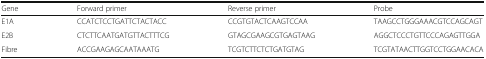
<table><thead><tr><td><b>Gene</b></td><td><b>Forward primer</b></td><td><b>Reverse primer</b></td><td><b>Probe</b></td></tr></thead><tbody><tr><td>E1A</td><td>CCATCTCCTGATTCTACTACC</td><td>CCGTGTACTCAAGTCCAA</td><td>TAAGCCTGGGAAACGTCCAGCAGT</td></tr><tr><td>E2B</td><td>CTCTTCAATGATGTTACTTTCG</td><td>GTAGCGAAGCGTGAGTAAG</td><td>AGGCTCCCTGTTCCCAGAGTTGGA</td></tr><tr><td>Fibre</td><td>ACCGAAGAGCAATAAATG</td><td>TCGTCTTCTCTGATGTAG</td><td>TCGTATAACTTGGTCCTGGAACACA</td></tr></tbody></table>